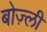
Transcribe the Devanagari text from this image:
बोज़्ली